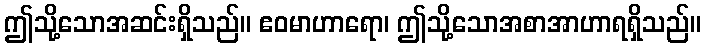
ဤသို့သောအဆင်းရှိသည်။ ဧဝမာဟာရော၊ ဤသို့သောအစာအာဟာရရှိသည်။